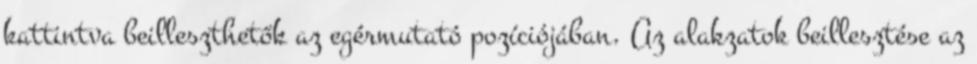
kattintva beilleszthetők az egérmutató pozíciójában. Az alakzatok beillesztése az